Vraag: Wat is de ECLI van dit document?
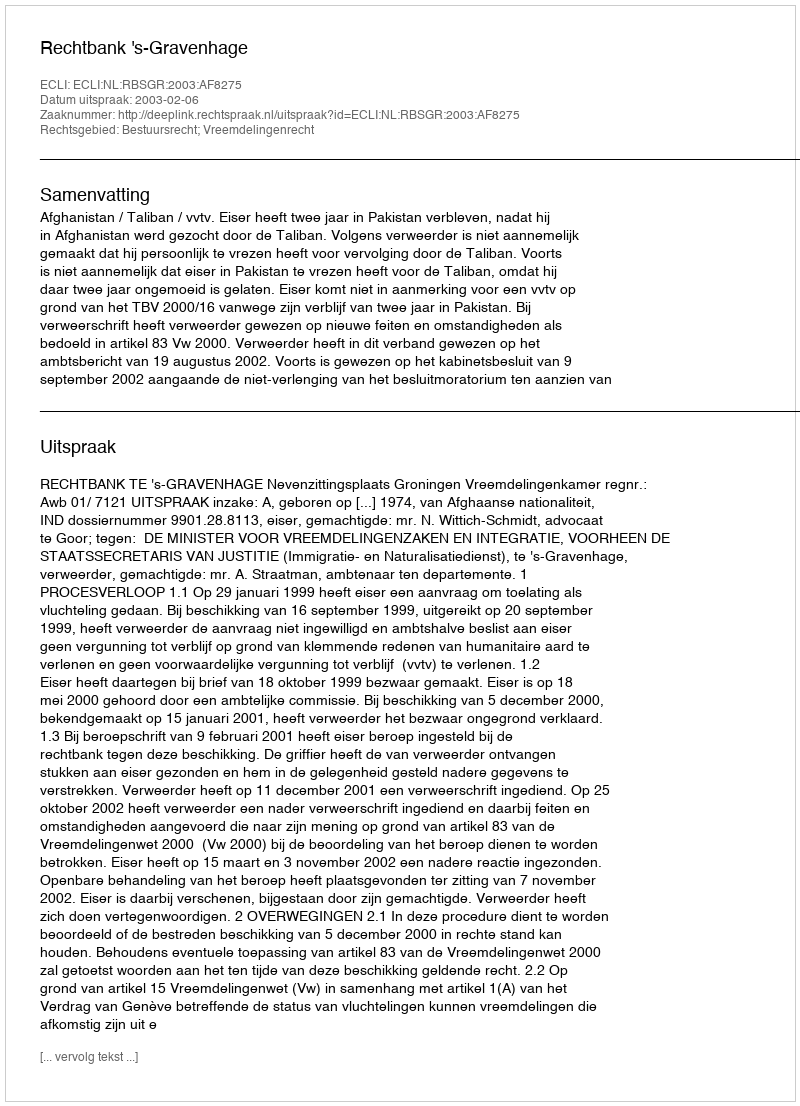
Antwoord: ECLI:NL:RBSGR:2003:AF8275